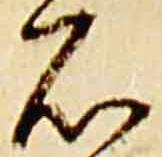
石